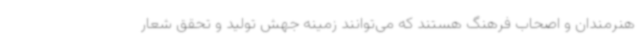
هنرمندان و اصحاب فرهنگ هستند که می‌توانند زمینه جهش تولید و تحقق شعار